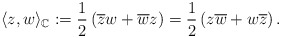
\begin{align*}\langle z , w \rangle_{\mathbb C}:= \frac{1}{2}\left( \overline z w + \overline w z \right)=\frac{1}{2}\left( z \overline w + w \overline z \right).\end{align*}